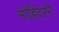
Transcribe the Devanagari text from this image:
मोहिंदरने